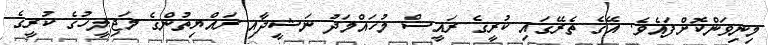
މިނިވަންކޮށްފައެވެ. އޭގެ ތެރޭގައި ކުރީގެ ރައީސް މުހައްމަދު ނަޝީދާއި ރައްޔިތުންގެ މަޖިލީހުގެ ކުރީގެ